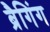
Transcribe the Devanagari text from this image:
ब्रैगिंग